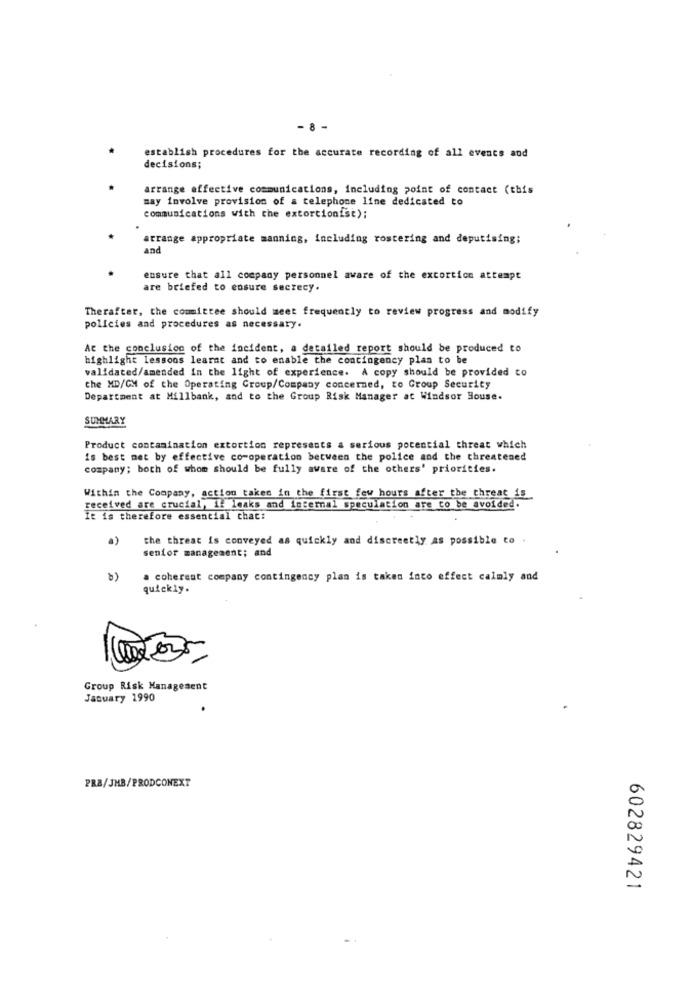
-8 -
establish procedures for the accurate recording of all events and
decisions;
arrange effective communications, including point of contact (this
may involve provision of a telephone line dedicated to
communications with the extortionist);
arrange appropriate manning, including rostering and deputising;
and
ensure that all company personnel aware of the extortion attempt
are briefed to ensure secrecy.
Therafter, the committee should meet frequently to review progress and modify
policies and procedures as necessary.
At the conclusion of the incident, a detailed report should be produced to
highlight lessons learnt and to enable the contingency plas to be
validated/amended in the light of experience. A copy should be provided co
the MD/GM of the Operating Group/Company concerned, to Group Security
Department at Millbank, and to the Group Risk Manager at Windsor House.
SUMMARY
Product contamination extortion represents a serious potential threat which
is best met by effective co-operation between the police and the threatened
company; both of whom should be fully aware of the others' priorities.
Within the Company, action taken in the first few hours after the threat is
received are crucial, if leaks and internal speculation are to be avoided.
It is therefore essential that:
a)
the threat is conveyed as quickly and discreetly as possible to .
senior management; and
a coherent company contingency plan is taken into effect calmly and
quickly.
Group Risk Management
January 1990
PRE/JMB/PRODCONEXT
602829421